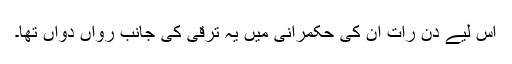
اس لیے دن رات اُن کی حکمرانی میں یہ ترقی کی جانب رواں دواں تھا۔